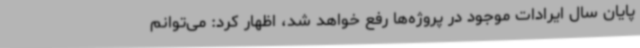
پایان سال ایرادات موجود در پروژه‌ها رفع خواهد شد، اظهار کرد: می‌توانم